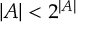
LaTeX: | A | < 2 ^ { | A | }